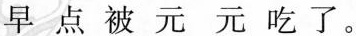
早点被元元吃了。